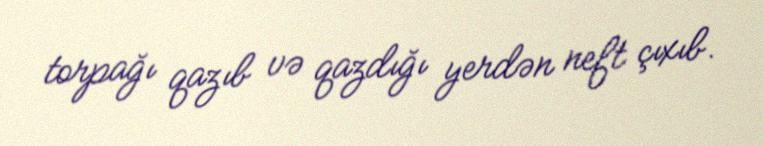
torpağı qazıb və qazdığı yerdən neft çıxıb.